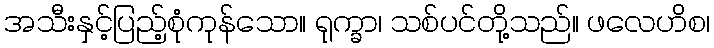
အသီးနှင့်ပြည့်စုံကုန်သော။ ရုက္ခာ၊ သစ်ပင်တို့သည်။ ဖလေဟိစ၊